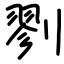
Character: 剹